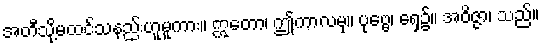
အတီသို့မထင်သနည်းဟူမူကား။ ဣတော၊ ဤကာလမှ။ ပုဗ္ဗေ၊ ရှေ့၌။ အဝိဇ္ဇာ၊ သည်။